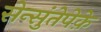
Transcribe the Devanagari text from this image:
सेन्सुंतेपेक़े